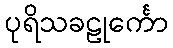
ပုရိသခဠုင်္ကော